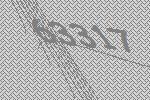
63317